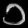
Digit: ၁